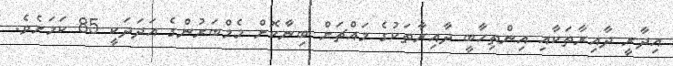
އިދާރީ ދާއިރާތަކާއި އިންތިހާބީ ދާއިރާތަކުގެ މައްޗަށް ބިނާކޮށް މެމްބަރުންގެ އަދަދަކީ 85 ކަމަށެވެ.